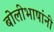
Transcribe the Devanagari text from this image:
बोलीभाषांनी